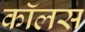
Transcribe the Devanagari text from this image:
कॉलस